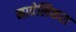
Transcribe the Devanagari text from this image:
मावेलिकरा